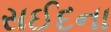
સઈદના